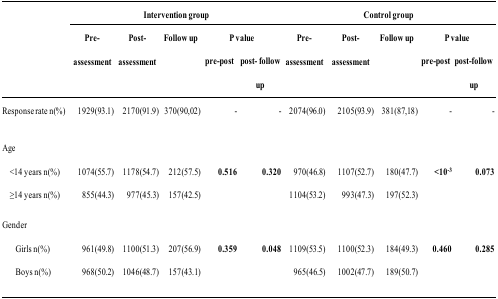
|  | <COLSPAN=4> Intervention group | <COLSPAN=4> Control group |  |  |
 |  | <ROWSPAN=2> Pre-assessment | <ROWSPAN=2> Post-assessment | <ROWSPAN=2> Follow up | <COLSPAN=2> P value | <ROWSPAN=2> Pre-assessment | <ROWSPAN=2> Post-assessment | <ROWSPAN=2> Follow up | <COLSPAN=2> P value |
 |  | pre-post | post-followup | pre-post | post-followup |
 | --- | --- | --- | --- | --- | --- | --- | --- | --- | --- | --- |
 | Response rate n(%) | 1929(93.1) | 2170(91.9) | 370(90,02) | - | - | 2074(96.0) | 2105(93.9) | 381(87,18) | - | - |
 | Age |  |  |  |  |  |  |  |  |  |  |
 | ,14 years n(%) | 1074(55.7) | 1178(54.7) | 212(57.5) | 0.516 | 0.320 | 970(46.8) | 1107(52.7) | 180(47.7) | <10−3 | 0.073 |
 | ≥14 years n(%) | 855(44.3) | 977(45.3) | 157(42.5) |  |  | 1104(53.2) | 993(47.3) | 197(52.3) |  |  |
 | Gender |  |  |  |  |  |  |  |  |  |  |
 | Girls n(%) | 961(49.8) | 1100(51.3) | 207(56.9) | 0.359 | 0.048 | 1109(53.5) | 1100(52.3) | 184(49.3) | 0.460 | 0.285 |
 | Boys n(%) | 968(50.2) | 1046(48.7) | 157(43.1) |  |  | 965(46.5) | 1002(47.7) | 189(50.7) |  |  |